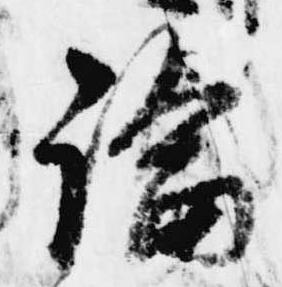
論